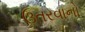
ઉતરવાનો